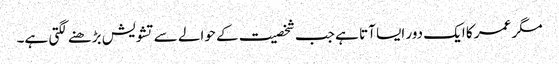
مگر عمر کا ایک دور ایسا آتا ہے جب شخصیت کے حوالے سے تشویش بڑھنے لگتی ہے۔